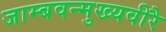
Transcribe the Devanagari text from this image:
जाम्बवन्मुख्यवीरै